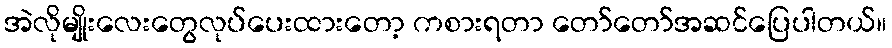
အဲလိုမျိုးလေးတွေလုပ်ပေးထားတော့ ကစားရတာ တော်တော်အဆင်ပြေပါတယ်။